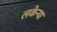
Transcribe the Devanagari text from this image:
लकेऱ्या